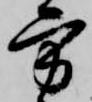
方